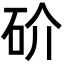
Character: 砎